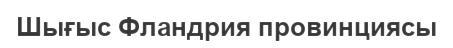
Шығыс Фландрия провинциясы